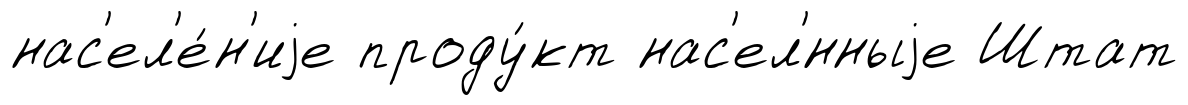
нас'ел'е́н'иjе проду́кт нас'ел'́нныjе Штат